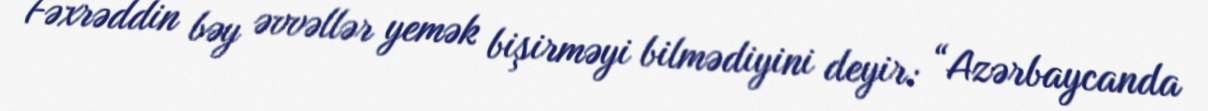
Fəxrəddin bəy əvvəllər yemək bişirməyi bilmədiyini deyir: “Azərbaycanda